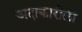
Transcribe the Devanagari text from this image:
अदाकारीला